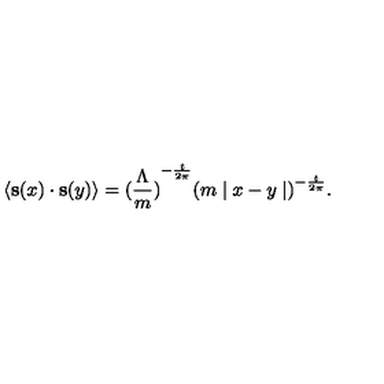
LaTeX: \langle { \bf s } ( x ) \cdot { \bf s } ( y ) \rangle = { ( \frac { \Lambda } { m } ) } ^ { - \frac { t } { 2 \pi } } { ( m \mid x - y \mid ) } ^ { - \frac { t } { 2 \pi } } .